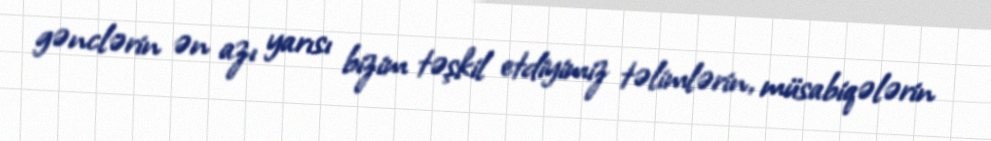
gənclərin ən azı yarısı bizim təşkil etdiyimiz təlimlərin, müsabiqələrin